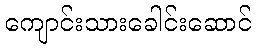
ကျောင်းသားခေါင်းဆောင်